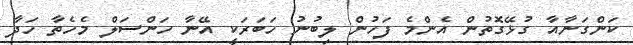
ކަންގަނާއާ ގުޅޭގޮތުން އެންމެ ފަހުން ލިބުނު ހަބަރަކީ އޭނާ ހަންސަލް މެހެތާ ހަދާ